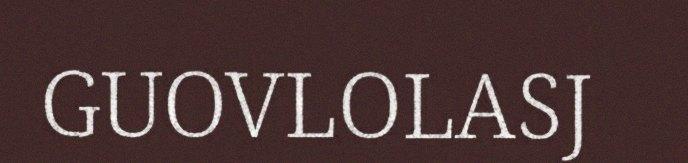
GUOVLOLASJ